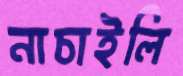
নাচাইলি